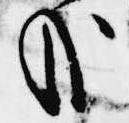
哉